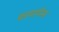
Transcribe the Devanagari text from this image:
फायरमैन्स